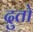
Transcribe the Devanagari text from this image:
दुतो